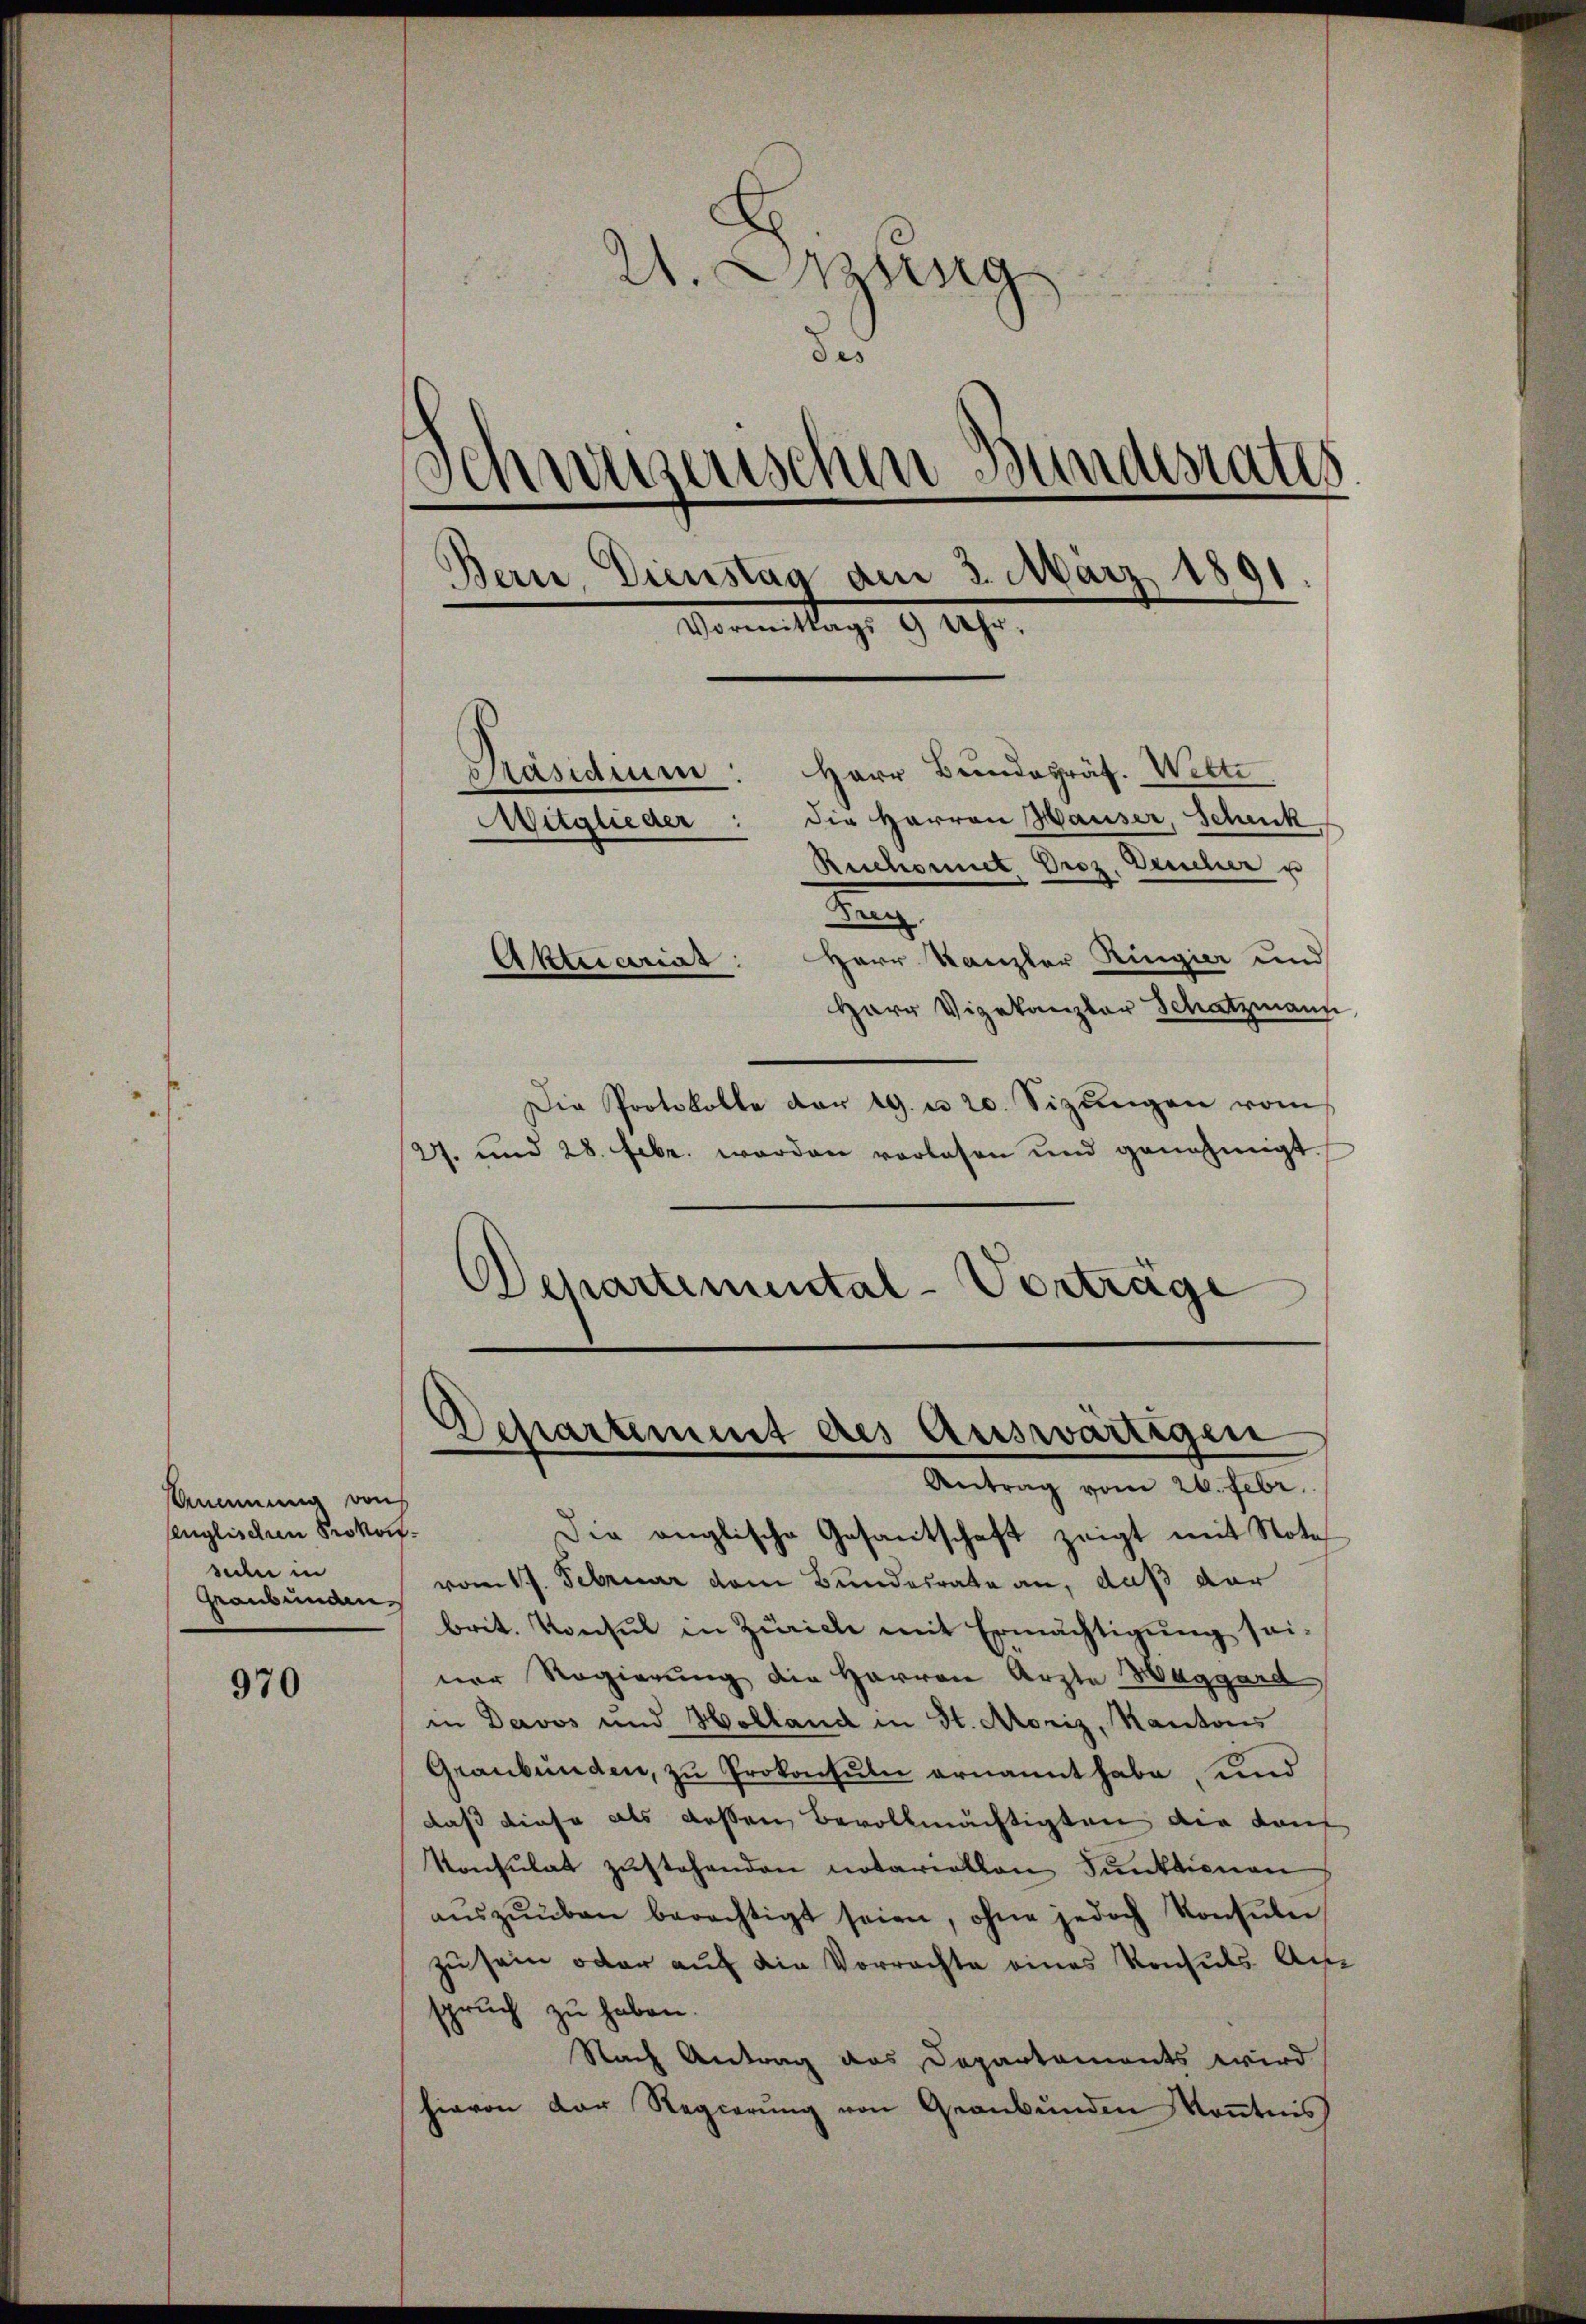
Annung von
senglischen Prokostude in
Graubünden

970

21. Sitzung
des
Schweizenschen Bundesrates
Bern, Dienstag am 3. März 1891
.
Vormittags 9 Uhr,
Präsidium: Herr Bundesräf. Wette
Mitglieder: die Herren Hauser, Schick
Ruchornet Droz. Deucher u
.
Herr Kanzler Ringier und
Aktuariat
Herr Vizekanzler Schatzmann,

Die Protokolle der 19. u 20. Sizŭngen vom
27. und 28. Febr. werden vorlesen und genehmigt.
Departemental-Vorträge

Departement des Auswärtigen
Antrag vom 26. Febr.

Die anglische Gesamtschaft zeigt mit Note
vom 17. Februar dem Bundesrate an, daß der
brit. Konsul in Zürich mit Ermächtigung sei-
ner Regierung die Herren Arzte Waggard,
in Davos und Holland in St. Moriz, Kantons
Graubünden, zu Prokonsuln ernannt habe, und
daß diese als dessen Bevollmächtigten die dan
Konsulat zustehenden notariation Funktionen
aŭszŭüben berechtigt seien, ohne jedoch Konsŭlei
zu sein oder auf die Vorrachte eines Konsuls Am
spruch zu haben.
Nach Antrag des Departements wird
hievon der Regierŭng von Graubünden Kenntnis